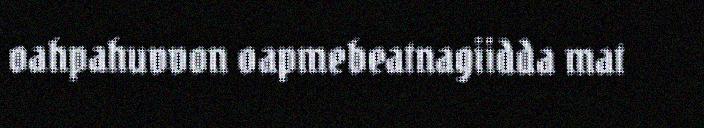
oahpahuvvon oapmebeatnagiidda mat